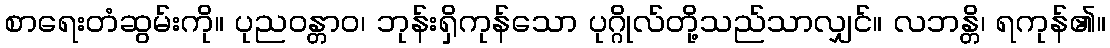
စာရေးတံဆွမ်းကို။ ပုညဝန္တာဝ၊ ဘုန်းရှိကုန်သော ပုဂ္ဂိုလ်တို့သည်သာလျှင်။ လဘန္တိ၊ ရကုန်၏။